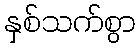
နှစ်သက်စွာ